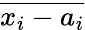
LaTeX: \overline{{x_{i}-a_{i}}}